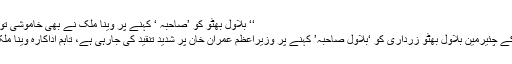
‘‘ بلاول بھٹو کو ’صاحبہ ‘ کہنے پر وینا ملک نے بھی خاموشی توڑ دی، بڑی بات کہہ دی – Azaad.pk
لاہور( نیوز ڈیسک) پاکستان پیپلز پارٹی کے چئیرمین بلاول بھٹو زرداری کو ‘بلاول صاحبہ’ کہنے پر وزیراعظم عمران خان پر شدید تنقید کی جارہی ہے، تاہم اداکارہ وینا ملک نے عمران خان کی حمایت کر دی ہے۔